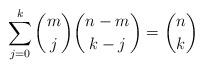
LaTeX: \begin{align*} \sum_{j=0}^k \binom{m}{j}\binom{n-m}{k-j}=\binom{n}{k} \end{align*}